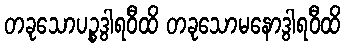
တခုသောပဉ္စဒွါရဝီထိ တခုသောမနောဒွါရဝီထိ